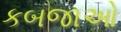
કબજાઓ